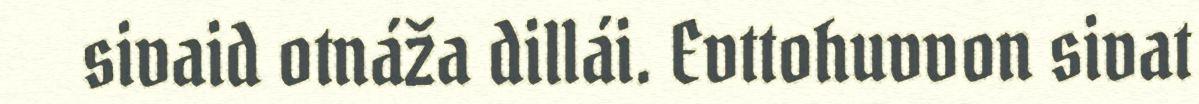
sivaid otnáža dillái. Evttohuvvon sivat